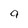
Character: 9